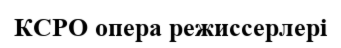
КСРО опера режиссерлері